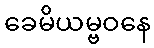
ခေမိယမ္ဗဝနေ